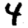
Digit: 4